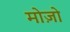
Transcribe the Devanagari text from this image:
मोज़ो